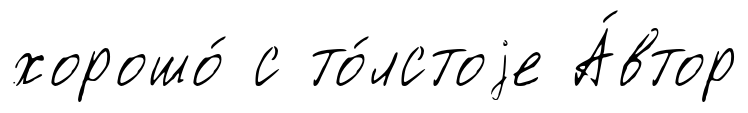
хорошо́ с то́лстоjе А́втор